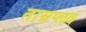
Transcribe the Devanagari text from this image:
ताम्रप्लव